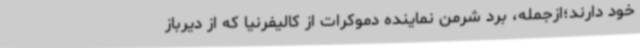
خود دارند؛ازجمله، برد شرمن نماینده دموکرات از کالیفرنیا که از دیرباز